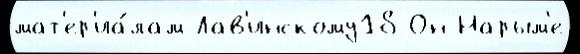
мат'ер'иа́лам Лав'инскому18 Он Нарым'е